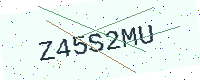
Text: Z45S2MU